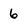
Character: 6